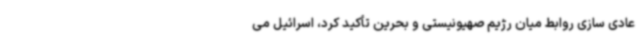
عادی سازی روابط میان رژیم صهیونیستی و بحرین تأکید کرد، اسرائیل می